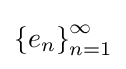
\left\{e_{n}\right\}_{n=1}^{\infty }